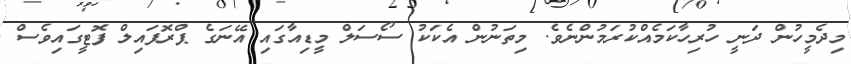
މިދެމީހުން ދަނީ ހުރިހާކަމެއްކުރަމުންނެވެ. މިތަނުން އެކަކު ސޯސަލް މީޑިއާގައި އޭނަގެ ޕްރޮފައިލް ފޮޓީގައިވެސް